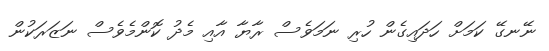
ނޭނގޭ ކަމަށް ހަދައިގެން ހުރި ނަމަވެސް ރާޔާ އާއި މެދު ކޮންމެވެސް ނަޒަރަކުން